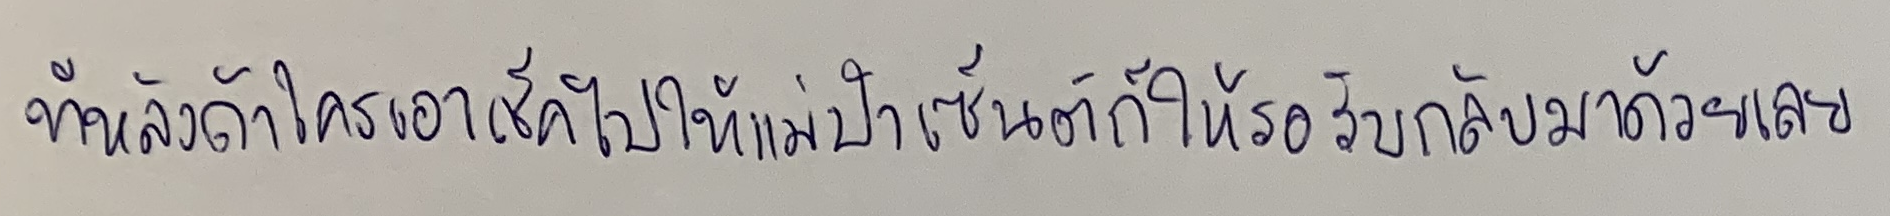
ทีหลังถ้าใครเอาเช็คไปให้แม่ป้าเซ็นต์ก็ให้รอรับกลับมาด้วยเลย